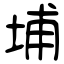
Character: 埔